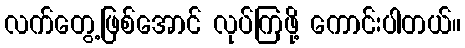
လက်တွေ့ဖြစ်အောင် လုပ်ကြဖို့ ကောင်းပါတယ်။